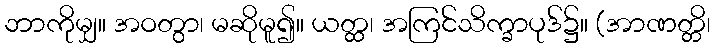
ဘာကိုမျှ။ အဝတွာ၊ မဆိုမူ၍။ ယတ္ထ၊ အကြင်သိက္ခာပုဒ်၌။ (အာဏတ္တိ၊